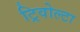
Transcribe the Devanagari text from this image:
ट्रिवोल्‍टा